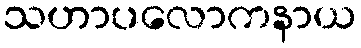
သဟာပလောကနာယ